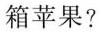
箱苹果?